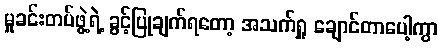
မှုခင်းတပ်ဖွဲ့ရဲ့ ခွင့်ပြုချက်ရတော့ အသက်ရှူ ချောင်တာပေါ့ကွာ